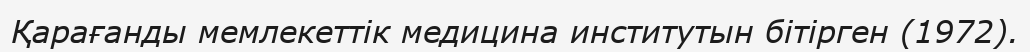
Қарағанды мемлекеттік медицина институтын бітірген (1972).